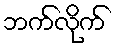
ဘက်လိုက်